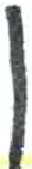
אות: ן